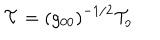
{ \cal T } = \left( g _ { 0 0 } \right) ^ { - 1 / 2 } { \cal T } _ { o }